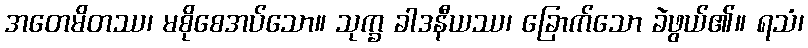
အတေမိတဿ၊ မစိုစေအပ်သော။ သုက္ခ ခါဒနီယဿ၊ ခြောက်သော ခဲဖွယ်၏။ ရသံ၊